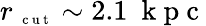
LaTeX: r_{\mathrm{~\scriptsize~c~u~t~}}\sim 2.1~\mathrm{~k~p~c~}